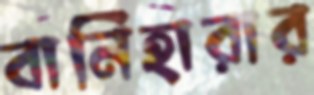
বানিহারার